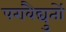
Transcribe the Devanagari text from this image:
परावैद्युतों